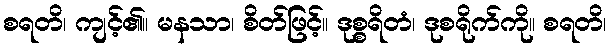
စရတိ၊ ကျင့်၏။ မနသာ၊ စိတ်ဖြင့်။ ဒုစ္စရိတံ၊ ဒုစရိုက်ကို။ စရတိ၊